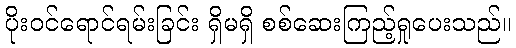
ပိုးဝင်ရောင်ရမ်းခြင်း ရှိမရှိ စစ်ဆေးကြည့်ရှုပေးသည်။